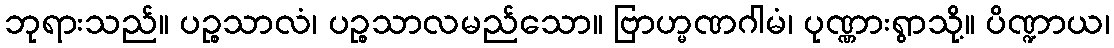
ဘုရားသည်။ ပဉ္စသာလံ၊ ပဉ္စသာလမည်သော။ ဗြာဟ္မဏဂါမံ၊ ပုဏ္ဏားရွာသို့။ ပိဏ္ဍာယ၊